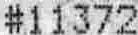
#11372